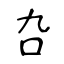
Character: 叴